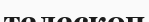
телескоп